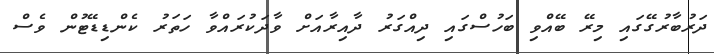
ދަރުބާރުގޭގައި މިރޭ ބޭއްވި ބަހުސްގައި ދިއްގަރު ދާއިރާއަށް ވާދަކުރައްވާ ހަތަރު ކެންޑިޑޭޓުން ވެސް